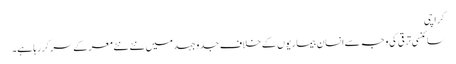
کراچی
سائنسی ترقی کی وجہ سےانسان بیماریوں کے خلاف جدوجہد میں نئے نئے معرکے سر کررہا ہے۔